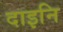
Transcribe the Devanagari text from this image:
दाइनि